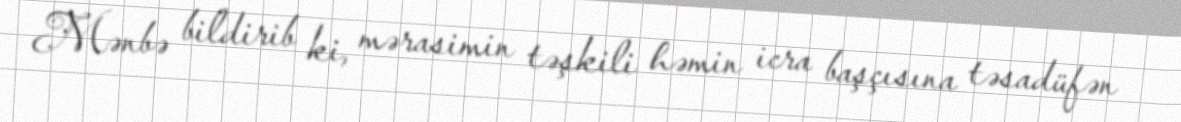
Mənbə bildirib ki, mərasimin təşkili həmin icra başçısına təsadüfən